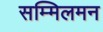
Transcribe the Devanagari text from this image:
सम्मिलमन